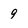
Character: 9